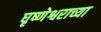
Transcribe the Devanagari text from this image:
घृष्णेश्वराच्या